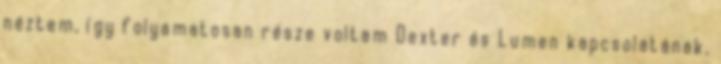
néztem, így folyamatosan része voltam Dexter és Lumen kapcsolatának,